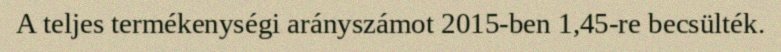
A teljes termékenységi arányszámot 2015-ben 1,45-re becsülték.